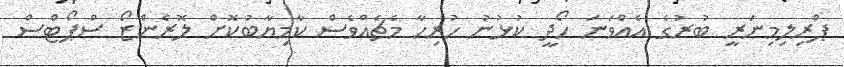
ޕްރިލިމިނަރީ ބުރުގެ އެއްވަނަ ހޯދީ ކުޅުނު ހުރިހާ މެޗެއްވެސް ކާމިޔާބުކޮށް ލޮރެންޒޯ ސްޕޯޓްސް